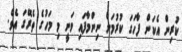
ކުރިން އެކަން ފާހަގަ ކުރުމަށް ނިންމާފައި ވަނީ މި މަހުގެ ތެރޭގަ އެވެ.